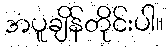
အပူချိန်တိုင်းပါ။